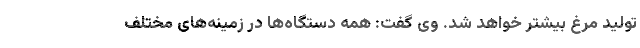
تولید مرغ بیشتر خواهد شد. وی گفت: همه دستگاه‌ها در زمینه‌های مختلف